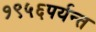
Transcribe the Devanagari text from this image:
१९५६पर्यन्त